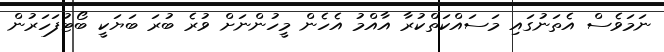
ނަމަވެސް އެތަނުގައި މަސައްކަތްކުރާ އާއްމު އެހެން މީހުންނަށް ވުރެ ބުރަ ބަޔަކީ ބޯޓުފަހަރުން